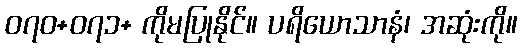
၀၇၀+၀၇၁+ ကိုမပြုနိုင်။ ပရိယောသာနံ၊ အဆုံးကို။